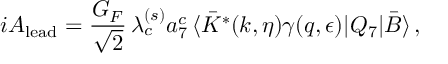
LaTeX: i { \cal A } _ { \mathrm { l e a d } } = \frac { G _ { F } } { \sqrt 2 } \, \lambda _ { c } ^ { ( s ) } a _ { 7 } ^ { c } \, \langle \bar { K } ^ { * } ( k , \eta ) \gamma ( q , \epsilon ) | Q _ { 7 } | \bar { B } \rangle \, ,